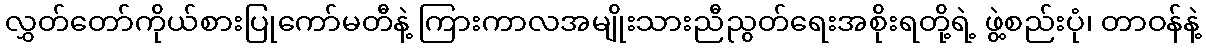
လွှတ်တော်ကိုယ်စားပြုကော်မတီနဲ့ ကြားကာလအမျိုးသားညီညွတ်ရေးအစိုးရတို့ရဲ့ ဖွဲ့စည်းပုံ၊ တာဝန်နဲ့